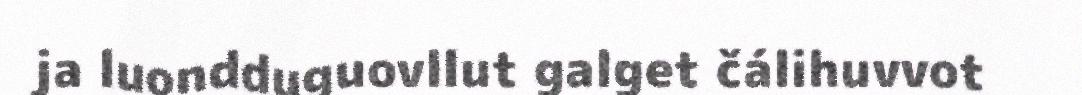
ja luondduguovllut galget čálihuvvot